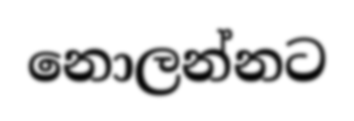
නොලන්නට